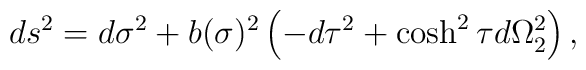
ds^2=d\sigma^2+b(\sigma)^2\left(-d\tau^2+\cosh^2\tau d\Omega_2^2\right),